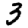
Digit: 3